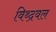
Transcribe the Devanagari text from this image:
विथ्द्रवल